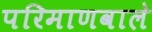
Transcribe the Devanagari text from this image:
परिमाणवाले